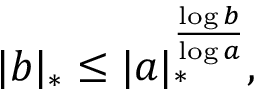
| b | _ { * } \leq | a | _ { * } ^ { \frac { \log b } { \log a } } ,